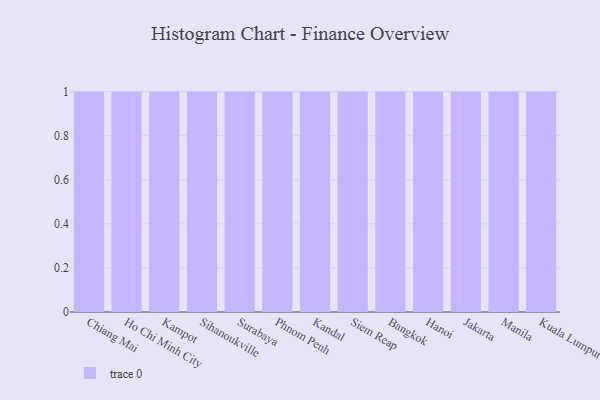
{"axis": {"x": "City", "y": "Market Share (%)"}, "legend": [""], "data": [{"x": "Chiang Mai", "y": 10, "type": ""}, {"x": "Ho Chi Minh City", "y": 58, "type": ""}, {"x": "Kampot", "y": 81, "type": ""}, {"x": "Sihanoukville", "y": 54, "type": ""}, {"x": "Surabaya", "y": 62, "type": ""}, {"x": "Phnom Penh", "y": 29, "type": ""}, {"x": "Kandal", "y": 16, "type": ""}, {"x": "Siem Reap", "y": 30, "type": ""}, {"x": "Bangkok", "y": 7, "type": ""}, {"x": "Hanoi", "y": 22, "type": ""}, {"x": "Jakarta", "y": 19, "type": ""}, {"x": "Manila", "y": 3, "type": ""}, {"x": "Kuala Lumpur", "y": 8, "type": ""}]}